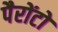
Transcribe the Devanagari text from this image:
पैरोंटो